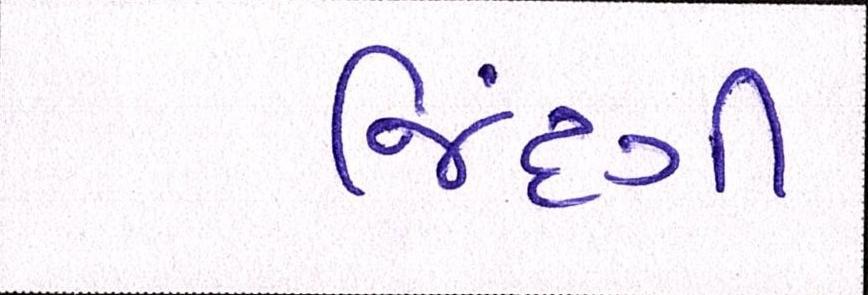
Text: જિંદગી